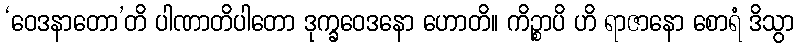
‘ဝေဒနာတော’တိ ပါဏာတိပါတော ဒုက္ခဝေဒနော ဟောတိ။ ကိဉ္စာပိ ဟိ ရာဇာနော စောရံ ဒိသွာ